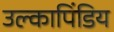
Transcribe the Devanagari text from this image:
उल्कापिंडिय